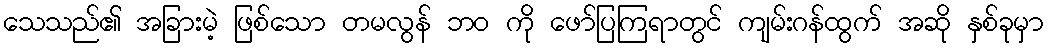
သေသည်၏ အခြားမဲ့ ဖြစ်သော တမလွန် ဘဝ ကို ဖော်ပြကြရာတွင် ကျမ်းဂန်ထွက် အဆို နှစ်ခုမှာ